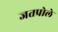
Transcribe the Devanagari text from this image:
जतप्रोले